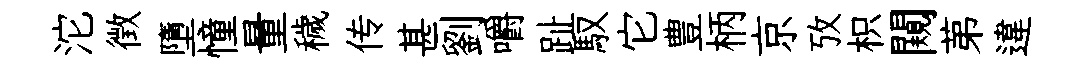
沱徴墮憧量穢传甚劉嚼趾馭它豊柄京攷枳闚苐違